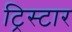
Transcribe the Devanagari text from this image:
ट्रिस्‍टार